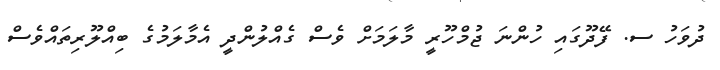
ދުވަހު ސ. ފޭދޫގައި ހުންނަ ޖުމްހޫރީ މާލަމަށް ވެސް ގެއްލުންދީ އެމާލަމުގެ ބިއްލޫރިތައްވެސް